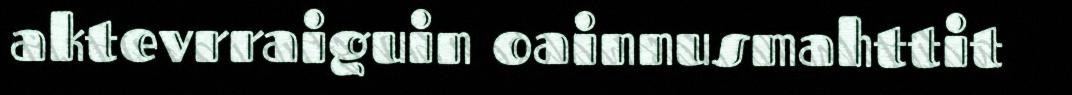
aktevrraiguin oainnusmahttit